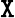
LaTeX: {\tt X}